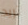
تريد